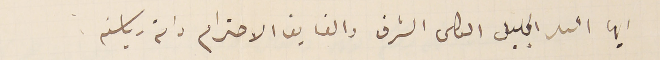
ايها السىد الجليل الكلى الشرف والفايق الاحترام دامة رياسته.